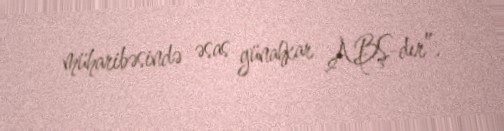
müharibəsində əsas günahkar ABŞ-dır”.